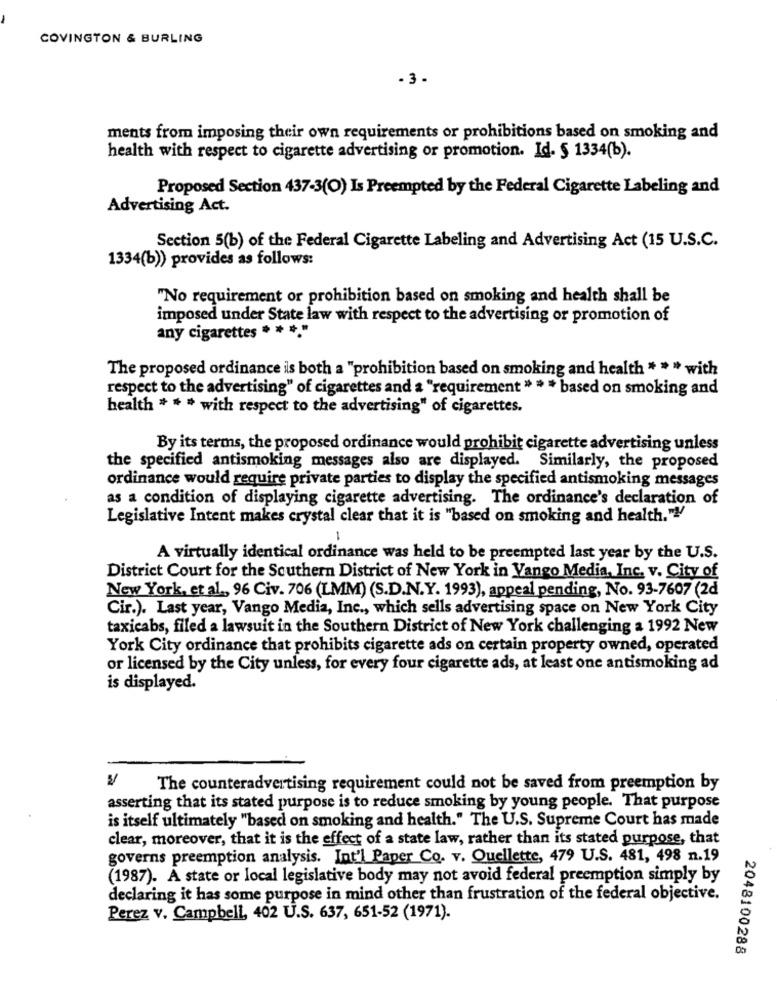
COVINGTON & BURLING
- 3 .
ments from imposing their own requirements or prohibitions based on smoking and
health with respect to cigarette advertising or promotion. Id- § 1334(b).
Proposed Section 437-3(O) Is Preempted by the Federal Cigarette Labeling and
Advertising Act.
Section 5(b) of the Federal Cigarette Labeling and Advertising Act (15 U.S.C.
1334(b)) provides as follows:
"No requirement or prohibition based on smoking and health shall be
imposed under State law with respect to the advertising or promotion of
any cigarettes * * *
The proposed ordinance ils both a "prohibition based on smoking and health " * " with
respect to the advertising" of cigarettes and a "requirement " * * based on smoking and
health * * * with respect to the advertising" of cigarettes.
By its terms, the proposed ordinance would prohibit cigarette advertising unless
the specified antismoking messages also are displayed. Similarly, the proposed
ordinance would require private parties to display the specified antismoking messages
as a condition of displaying cigarette advertising. The ordinance's declaration of
Legislative Intent makes crystal clear that it is "based on smoking and health."
A virtually identical ordinance was held to be preempted last year by the U.S.
District Court for the Southern District of New York in Vango Media, Inc. v. City of
New York, et al ., 96 Civ. 706 (LMM) (S.D.N.Y. 1993), appeal pending, No. 93-7607 (2d
Cir.). Last year, Vango Media, Inc ., which sells advertising space on New York City
taxicabs, filed a lawsuit in the Southern District of New York challenging a 1992 New
York City ordinance that prohibits cigarette ads on certain property owned, operated
or licensed by the City unless, for every four cigarette ads, at least one antismoking ad
is displayed.
The counteradvertising requirement could not be saved from preemption by
asserting that its stated purpose is to reduce smoking by young people. That purpose
is itself ultimately "based on smoking and health." The U.S. Supreme Court has made
clear, moreover, that it is the effect of a state law, rather than its stated purpose, that
governs preemption analysis. Int'l Paper Co. v. Quellette, 479 U.S. 481, 498 n.19
(1987). A state or local legislative body may not avoid federal preemption simply by
declaring it has some purpose in mind other than frustration of the federal objective.
Perez v. Campbell, 402 U.S. 637, 651-52 (1971).
2048100288